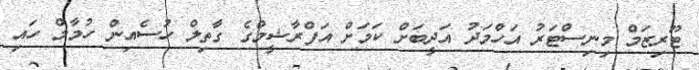
ޓޫރިޒަމް މިނިސްޓަރު އަހްމަދު އަދީބަށް ކަމަށް އަފްރާޝީމްގެ ގާތިލް ހުސެއިން ހުމާމް ހައި